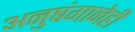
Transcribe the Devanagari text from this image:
अनुषंगानेही